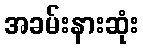
အခမ်းနားဆုံး